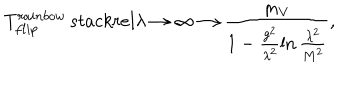
LaTeX: T _ { f l i p } ^ { r a i n b o w } \, s t a c k r e l { \lambda \rightarrow \infty } { \longrightarrow } \frac { m _ { V } } { 1 - \frac { g ^ { 2 } } { \lambda ^ { 2 } } \ln \frac { \lambda ^ { 2 } } { M ^ { 2 } } } ,